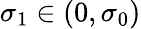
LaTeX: \sigma_{1}\in(0,\sigma_{0})